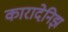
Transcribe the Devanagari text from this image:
कारादेनिझ